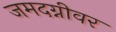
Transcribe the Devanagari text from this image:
जमदग्नीवर